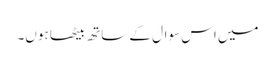
میں اس سوال کے ساتھ بیٹھا ہوں۔